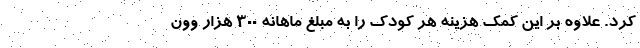
کرد. علاوه بر این کمک هزینه هر کودک را به مبلغ ماهانه 300 هزار وون